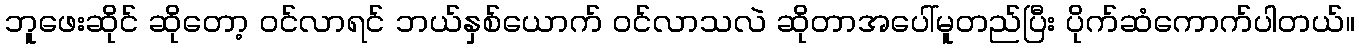
ဘူဖေးဆိုင် ဆိုတော့ ဝင်လာရင် ဘယ်နှစ်ယောက် ဝင်လာသလဲ ဆိုတာအပေါ်မူတည်ပြီး ပိုက်ဆံကောက်ပါတယ်။